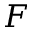
F